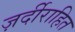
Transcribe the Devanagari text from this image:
ज़र्दीराहित